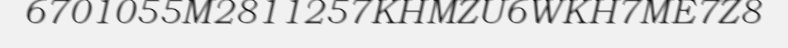
6701055M2811257KHMZU6WKH7ME7Z8